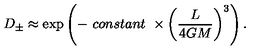
D _ { \pm } \approx \exp \left( - \ c o n s t a n t \ \times \left( \frac { L } { 4 G M } \right) ^ { 3 } \right) .